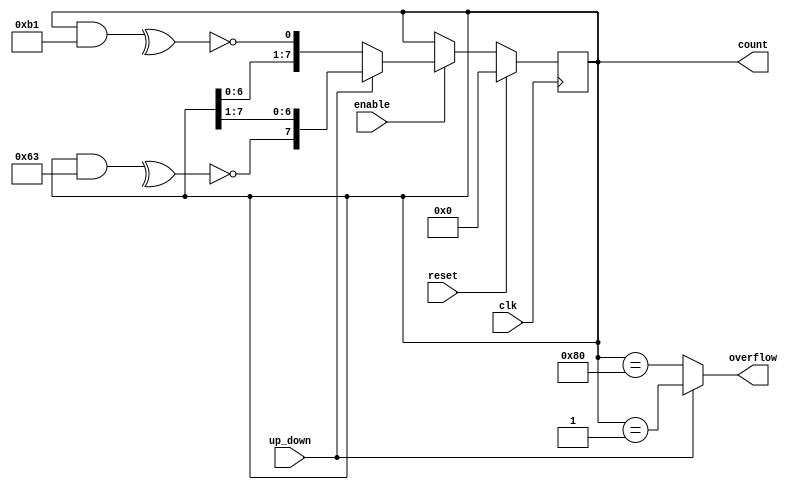
`define WIDTH 8 
module lfsr_updown (
clk       ,   // Clock input
reset     ,   // Reset input
enable    ,   // Enable input
up_down   ,   // Up Down input
count     ,   // Count output
overflow      // Overflow output
);

 input clk;
 input reset;
 input enable; 
 input up_down;

 output [`WIDTH-1 : 0] count;
 output overflow;

 reg [`WIDTH-1 : 0] count;

 assign overflow = (up_down) ? (count == {{`WIDTH-1{1'b0}}, 1'b1}) : 
                               (count == {1'b1, {`WIDTH-1{1'b0}}}) ;

 always @(posedge clk)
 if (reset) 
    count <= {`WIDTH{1'b0}};
 else if (enable) begin
    if (up_down) begin
      count <= {~(^(count & `WIDTH'b01100011)),count[`WIDTH-1:1]};
    end else begin
      count <= {count[`WIDTH-2:0],~(^(count &  `WIDTH'b10110001))};
    end
 end

endmodule